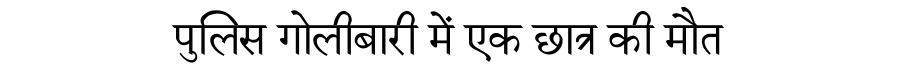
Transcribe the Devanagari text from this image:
पुलिस गोलीबारी में एक छात्र की मौत